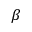
\beta